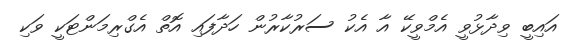
އައިބީ ވިދާޅުވީ އެމްވީކޭ އާ އެކު ސަރުކާރުން ހަދާފައި އޮތް އެގްރިމަންޓަކީ ވަކި